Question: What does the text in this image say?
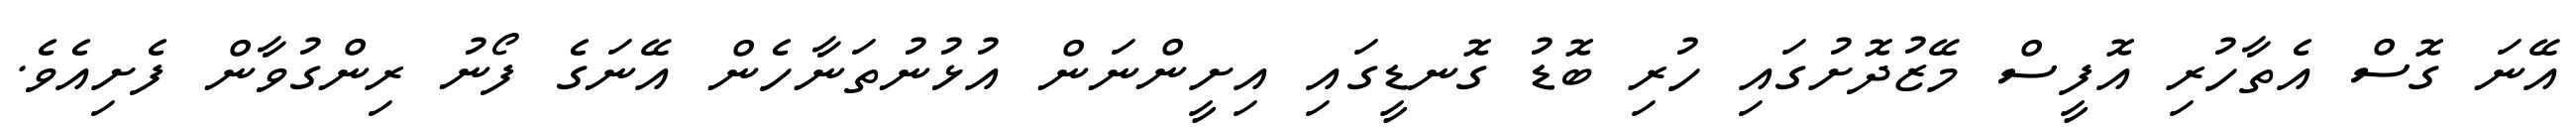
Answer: އޭނަ ގޮސް އެތާހުރި އޮފީސް މޭޒުދޮށުގައި ހުރި ބޮޑު ގޮނޑީގައި އިށީންނަން އުޅުނުތަނާހެން އޭނަގެ ފޯނު ރިންގުވާން ފެށިއެވެ.